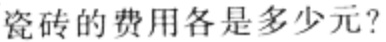
瓷砖的费用各是多少元？